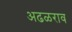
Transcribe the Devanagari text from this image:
अढळराव